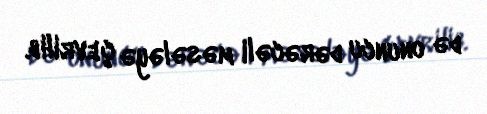
də onuncu dərəcəli məsələyə çevrilib.